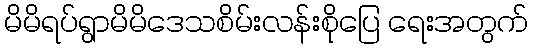
မိမိရပ်ရွာမိမိဒေသစိမ်းလန်းစိုပြေ ရေးအတွက်